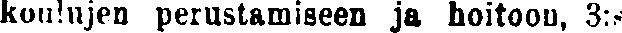
Koulujen perustamiseen ja hoitoon, 3:s